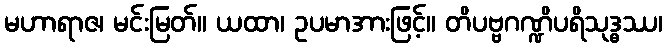
မဟာရာဇ၊ မင်းမြတ်။ ယထာ၊ ဥပမာအားဖြင့်။ တိပဗ္ဗဂဏ္ဍိပရိသုဒ္ဓဿ၊